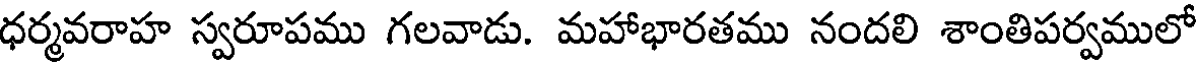
ధర్మవరాహ స్వరూపము గలవాడు. మహాభారతము నందలి శాంతిపర్వములో